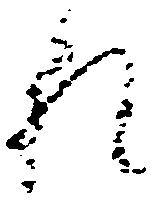
礼